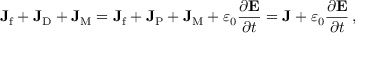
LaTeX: \mathbf { J } _ { \mathrm { f } } + \mathbf { J } _ { \mathrm { D } } + \mathbf { J } _ { \mathrm { M } } = \mathbf { J } _ { \mathrm { f } } + \mathbf { J } _ { \mathrm { P } } + \mathbf { J } _ { \mathrm { M } } + \varepsilon _ { 0 } { \frac { \partial \mathbf { E } } { \partial t } } = \mathbf { J } + \varepsilon _ { 0 } { \frac { \partial \mathbf { E } } { \partial t } } \, ,